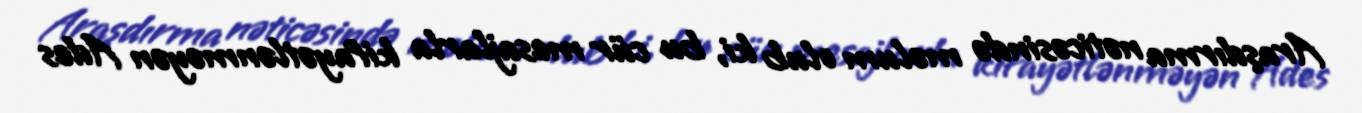
Araşdırma nəticəsində məlum olub ki, bu cür mesajlarla kifayətlənməyən Ades